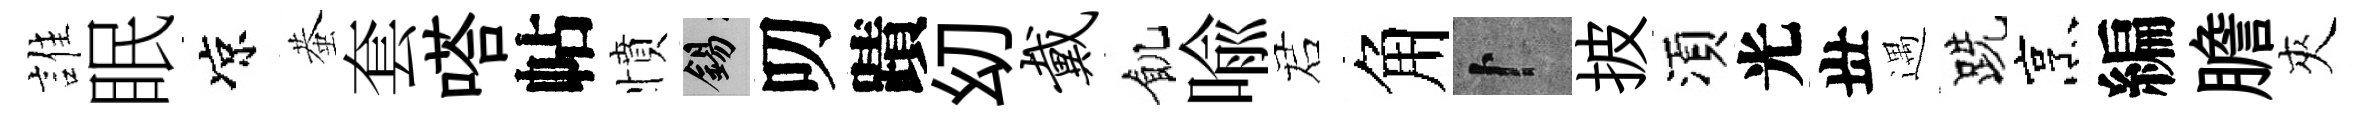
誰眠凉蛬套嗒帖憤錫叨蹟㓜戴飢喩诺角卜披湏光丗遇跣烹編膽夾